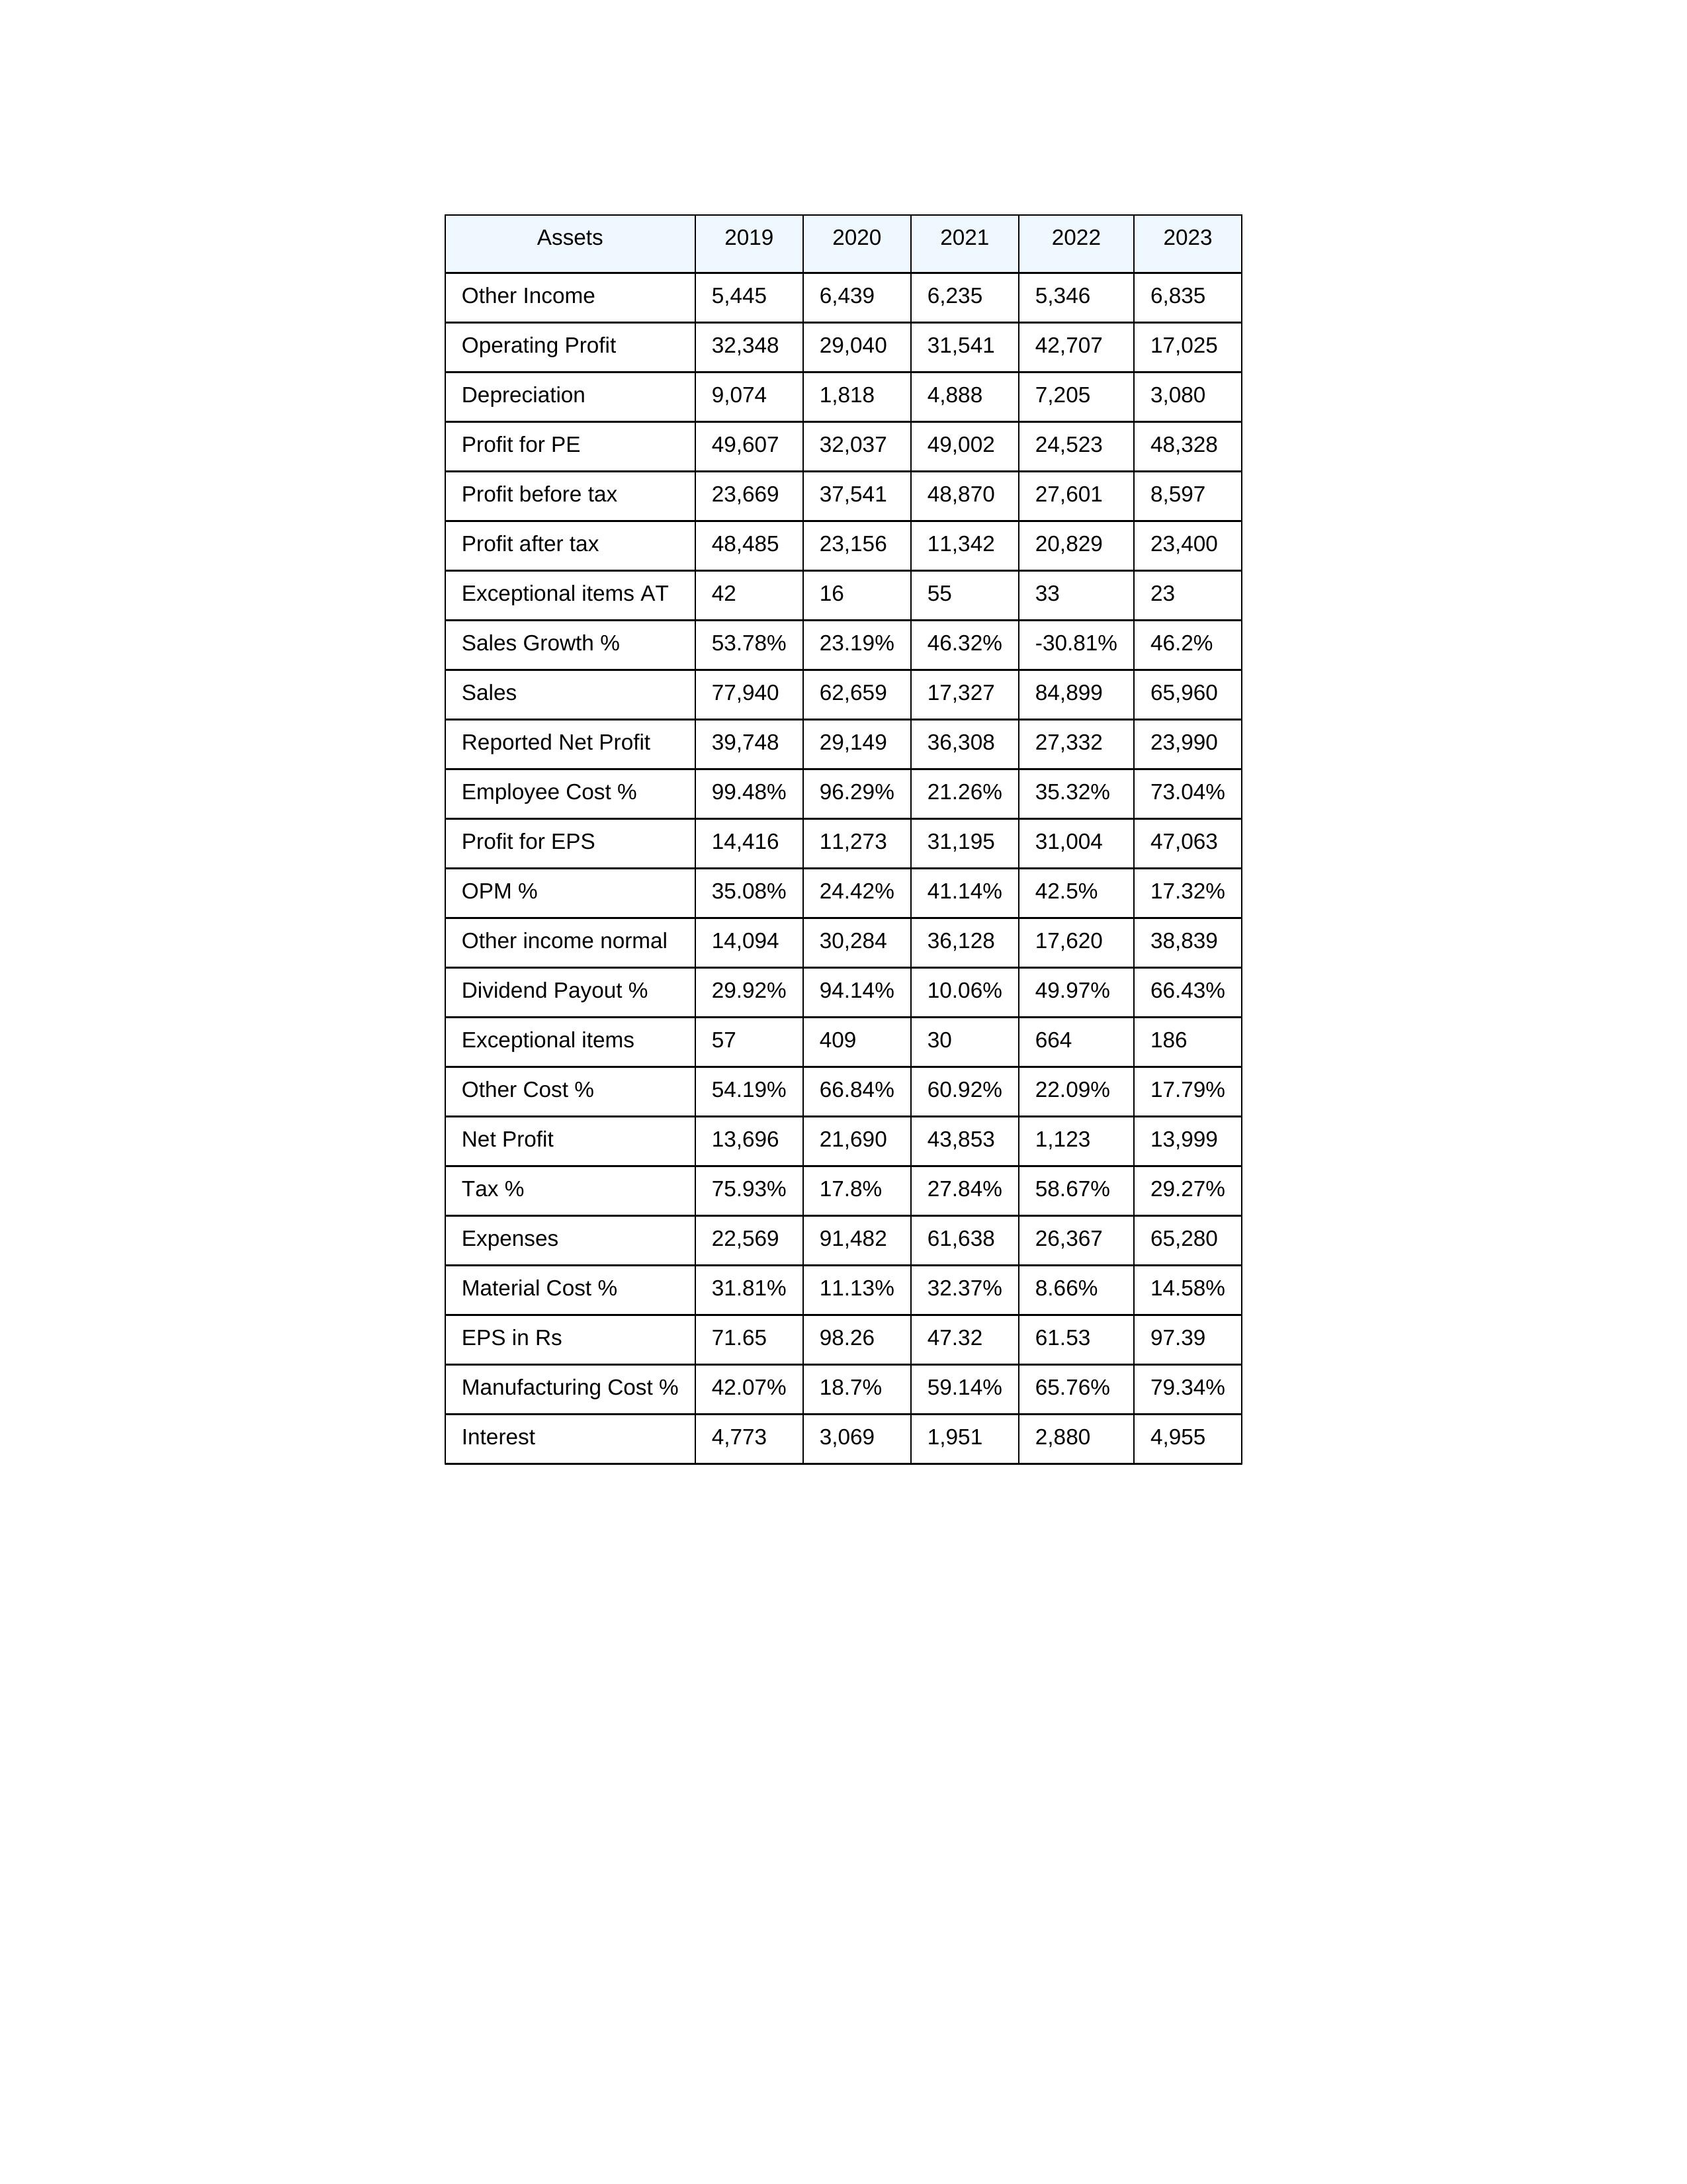
gt_parse: 2019: Sales: 77,940
Sales Growth %: 53.78%
Expenses: 22,569
Material Cost %: 31.81%
Manufacturing Cost %: 42.07%
Employee Cost %: 99.48%
Other Cost %: 54.19%
Operating Profit: 32,348
OPM %: 35.08%
Other Income: 5,445
Exceptional items: 57
Other income normal: 14,094
Interest: 4,773
Depreciation: 9,074
Profit before tax: 23,669
Tax %: 75.93%
Net Profit: 13,696
Profit after tax: 48,485
Reported Net Profit: 39,748
Profit for EPS: 14,416
Exceptional items AT: 42
Profit for PE: 49,607
EPS in Rs: 71.65
Dividend Payout %: 29.92%
2020: Sales: 62,659
Sales Growth %: 23.19%
Expenses: 91,482
Material Cost %: 11.13%
Manufacturing Cost %: 18.7%
Employee Cost %: 96.29%
Other Cost %: 66.84%
Operating Profit: 29,040
OPM %: 24.42%
Other Income: 6,439
Exceptional items: 409
Other income normal: 30,284
Interest: 3,069
Depreciation: 1,818
Profit before tax: 37,541
Tax %: 17.8%
Net Profit: 21,690
Profit after tax: 23,156
Reported Net Profit: 29,149
Profit for EPS: 11,273
Exceptional items AT: 16
Profit for PE: 32,037
EPS in Rs: 98.26
Dividend Payout %: 94.14%
2021: Sales: 17,327
Sales Growth %: 46.32%
Expenses: 61,638
Material Cost %: 32.37%
Manufacturing Cost %: 59.14%
Employee Cost %: 21.26%
Other Cost %: 60.92%
Operating Profit: 31,541
OPM %: 41.14%
Other Income: 6,235
Exceptional items: 30
Other income normal: 36,128
Interest: 1,951
Depreciation: 4,888
Profit before tax: 48,870
Tax %: 27.84%
Net Profit: 43,853
Profit after tax: 11,342
Reported Net Profit: 36,308
Profit for EPS: 31,195
Exceptional items AT: 55
Profit for PE: 49,002
EPS in Rs: 47.32
Dividend Payout %: 10.06%
2022: Sales: 84,899
Sales Growth %: -30.81%
Expenses: 26,367
Material Cost %: 8.66%
Manufacturing Cost %: 65.76%
Employee Cost %: 35.32%
Other Cost %: 22.09%
Operating Profit: 42,707
OPM %: 42.5%
Other Income: 5,346
Exceptional items: 664
Other income normal: 17,620
Interest: 2,880
Depreciation: 7,205
Profit before tax: 27,601
Tax %: 58.67%
Net Profit: 1,123
Profit after tax: 20,829
Reported Net Profit: 27,332
Profit for EPS: 31,004
Exceptional items AT: 33
Profit for PE: 24,523
EPS in Rs: 61.53
Dividend Payout %: 49.97%
2023: Sales: 65,960
Sales Growth %: 46.2%
Expenses: 65,280
Material Cost %: 14.58%
Manufacturing Cost %: 79.34%
Employee Cost %: 73.04%
Other Cost %: 17.79%
Operating Profit: 17,025
OPM %: 17.32%
Other Income: 6,835
Exceptional items: 186
Other income normal: 38,839
Interest: 4,955
Depreciation: 3,080
Profit before tax: 8,597
Tax %: 29.27%
Net Profit: 13,999
Profit after tax: 23,400
Reported Net Profit: 23,990
Profit for EPS: 47,063
Exceptional items AT: 23
Profit for PE: 48,328
EPS in Rs: 97.39
Dividend Payout %: 66.43%